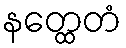
နတ္ထေတံ